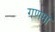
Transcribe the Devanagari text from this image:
गणमा